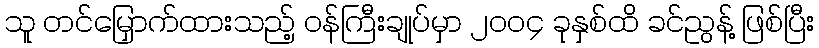
သူ တင်မြှောက်ထားသည့် ဝန်ကြီးချုပ်မှာ ၂၀၀၄ ခုနှစ်ထိ ခင်ညွန့် ဖြစ်ပြီး